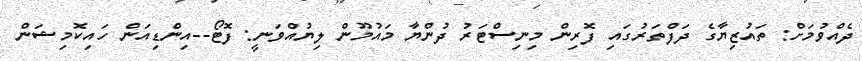
ދެއްވުމަށް: ތައުޒިޔާގެ ދަފްތަރުގައި ފޮރިން މިނިސްޓަރު ދުންޔާ މައުމޫން ލިޔުއްވަނީ: ފޮޓޯ--އިންޑިއަން ހައިކޮމިޝަން